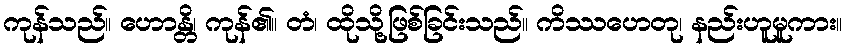
ကုန်သည်။ ဟောန္တိ၊ ကုန်၏။ တံ၊ ထိုသို့ဖြစ်ခြင်းသည်။ ကိဿဟေတု၊ နည်းဟူမူကား။